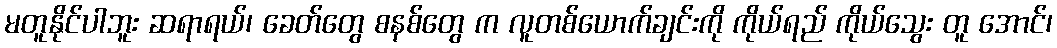
မတူနိုင်ပါဘူး ဆရာရယ်၊ ခေတ်တွေ စနစ်တွေ က လူတစ်ယောက်ချင်းကို ကိုယ်ရည် ကိုယ်သွေး တူ အောင်၊